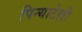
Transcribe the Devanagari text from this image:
पिन्याटेली